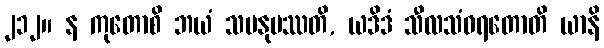
၂၁၂။ န ကုတောစိ ဘယံ သမနုပဿတိ, ယဒိဒံ သီလသံဝရတောတိ ယာနိ